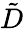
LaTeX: \tilde{D}